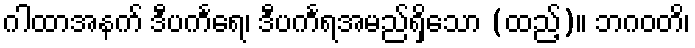
ဂါထာအနက် ဒီပင်္ကရေ၊ ဒီပင်္ကရအမည်ရှိသော (ထည့်)။ ဘဂဝတိ၊